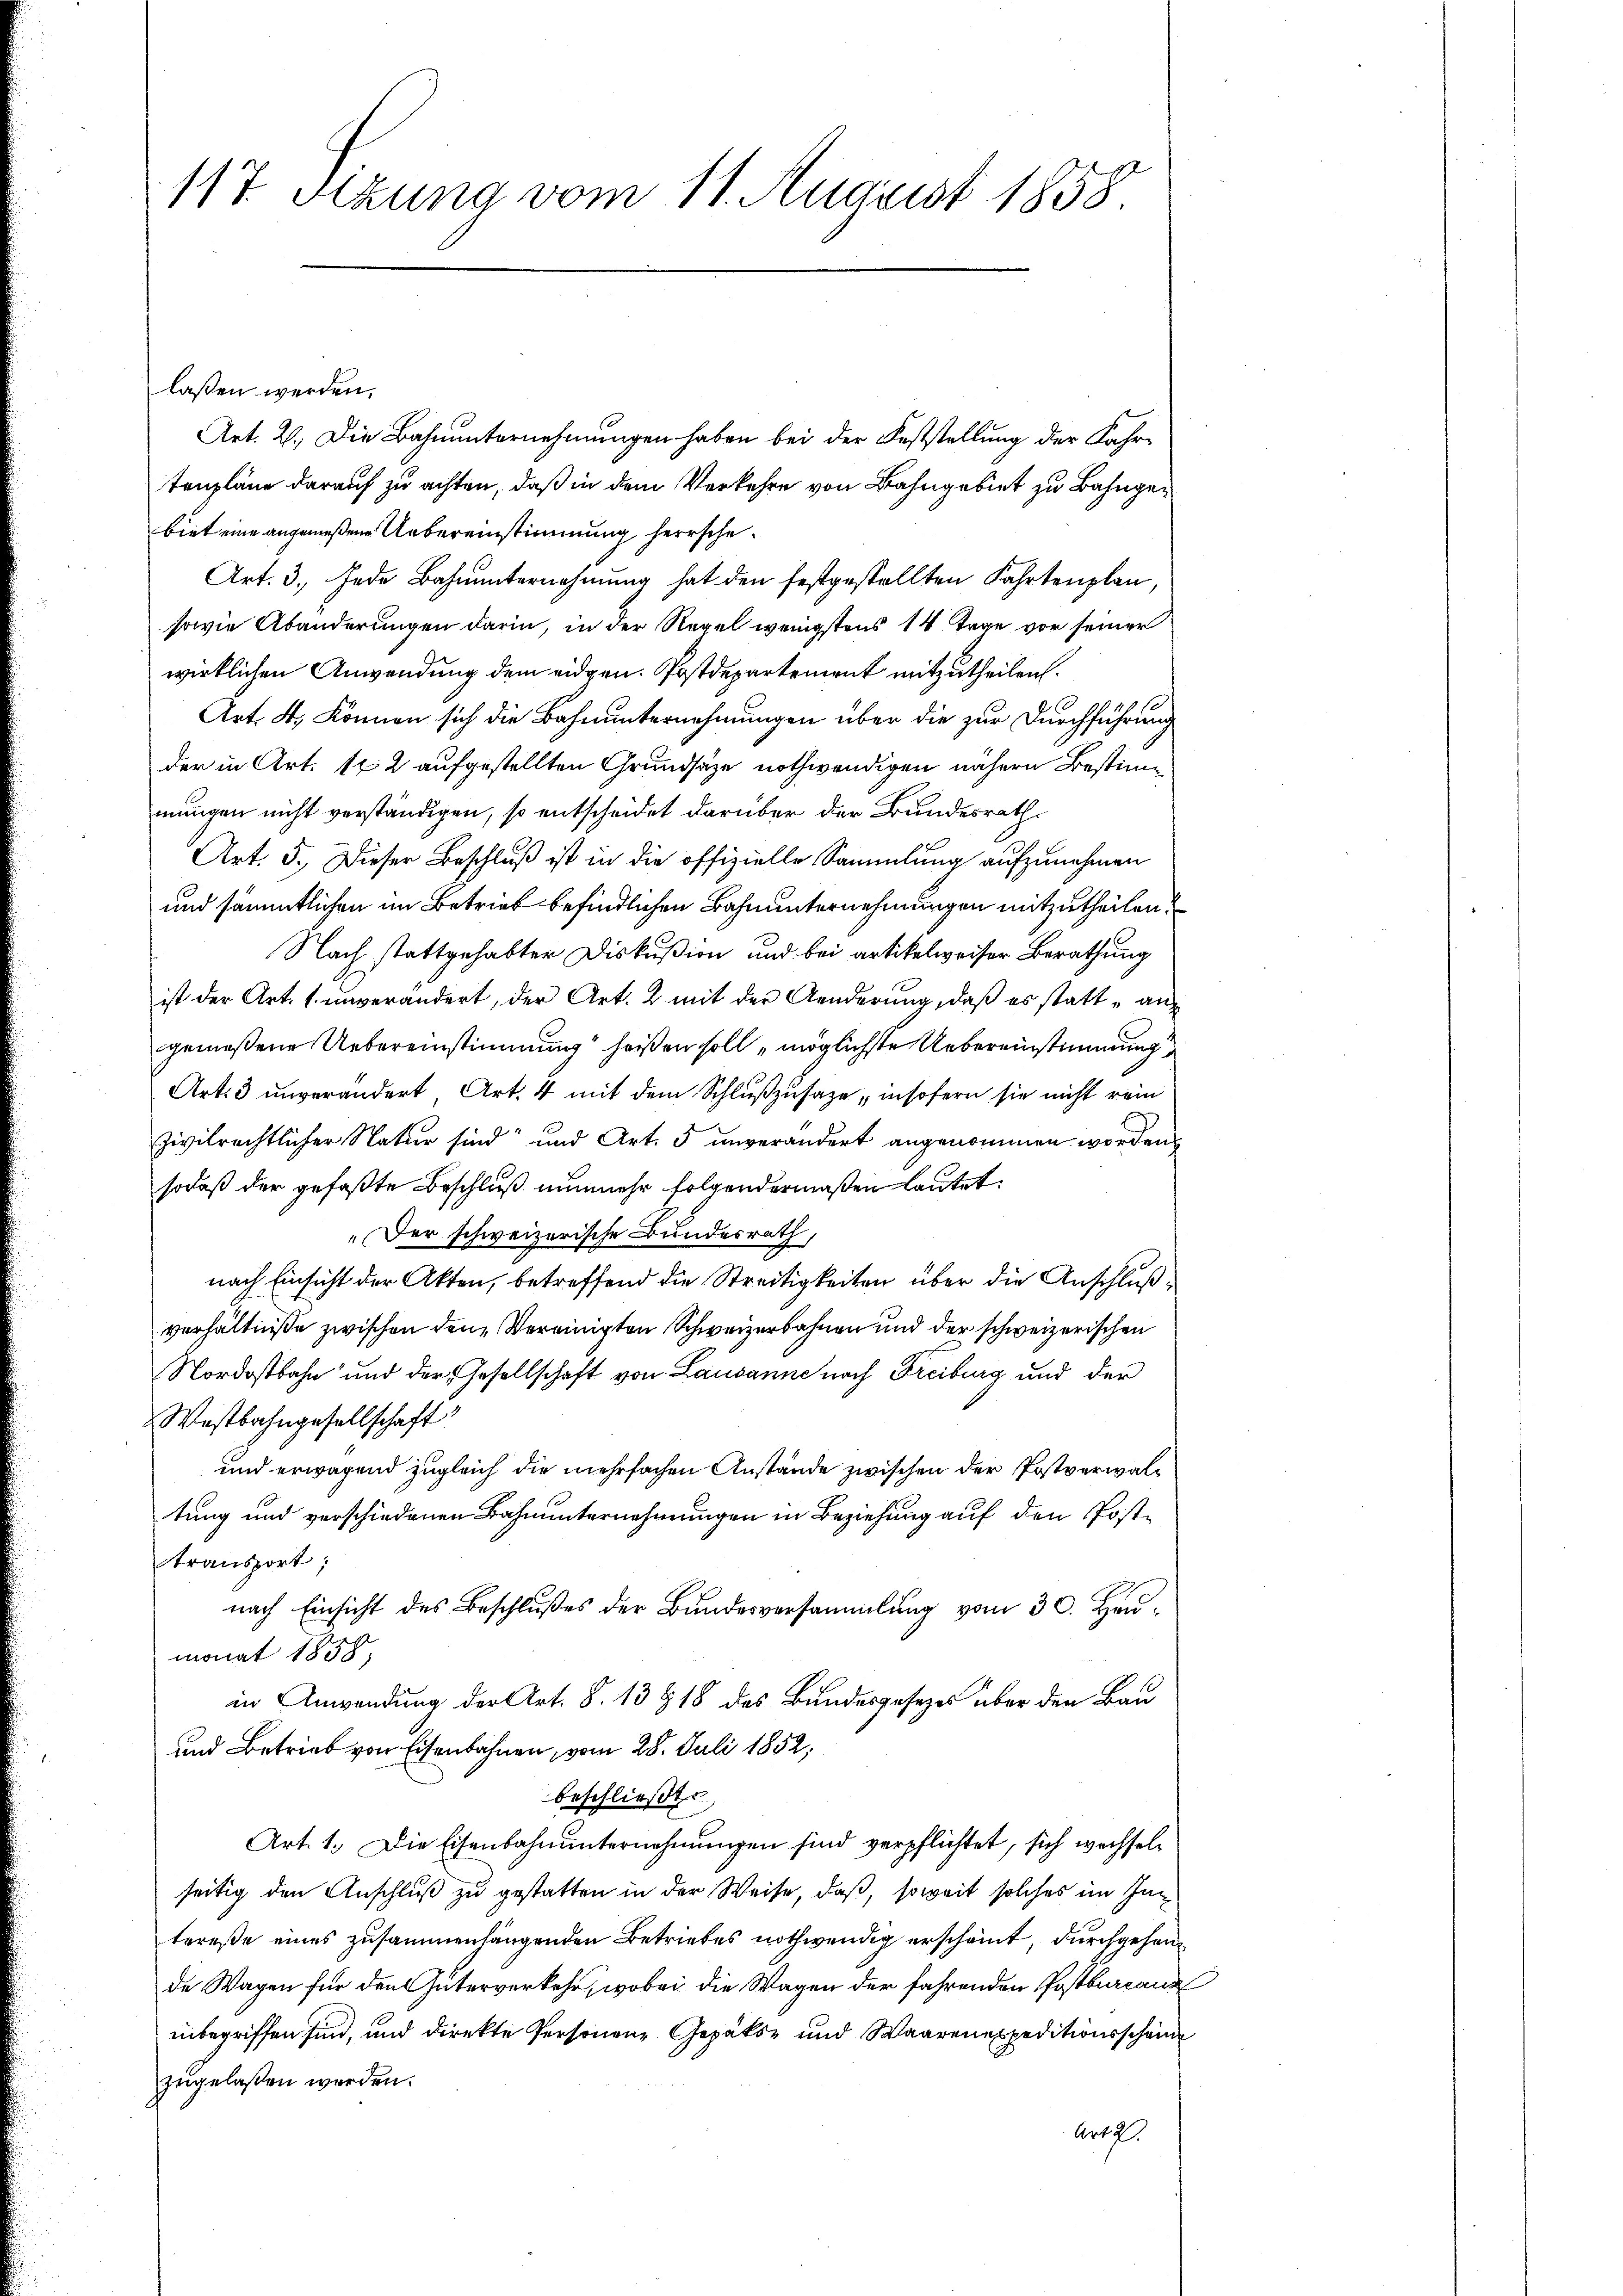
117. Sekung vom 11. August 1858.

laßen werden.
Art. 2. Die Bahnunternehmungen haben bei der Feststellung der Fahrtenpläne darauf zu achten, daß in dem Verkehre von Bahngebiet zu Bahngebiet eine angemeßene Uebereinstimmung herrsche¬
Art. 3. Jede Bahnunternehmung hat den festgestellten Fahrtenplan,
sowie Abänderungen darin, in der Regel wenigstens 14 Tage vor seiner
wirklichen Anwendung dem eidgen. Postdepartement mitzutheilen.
Art. 4., Können sich die Bahnunternehmungen über die zur Durchführung
der in Art. 112 aufgestellten Grundsätze nothwendigen nähern Bestimmungen nicht verständigen, so entscheidet darüber der Bundesrath
Art. 5. Dieser Beschluß ist in die offizielle Sammlung aufzunehmen
und sämmtlichen im Betrieb befindlichen Bahnunternehmungen mitzutheilen.
Nach stattgehabter Diskußion und bei artikelweiser Berathung
ist der Art. 1. unverändert, der Art. 2 mit der Aenderŭng, daβ es statt an-
gemeßene Uebereinstimmung heißen soll möglichste Uebereinstimmung
Art. 3 unverändert Art. 4 mit dem Schlußzusage, insofern sie nicht rein
zivilrechtlicher Natur sind und Art. 5 unverändert angenommen worden,
sodaß der gefaßte Beschluß nunmehr folgendermaßen lautet.
„Der schweizerische Bundesrath,
nach Einsicht der Akten, betreffend die Streitigkeiten über die Anschlußverhältniße zwischen den Vereinigten Schweizerbahnen und der schweizerischen
Nordostbahn und der Gesellschaft von Lausanne nach Freiburg und der
Westbahngesellschaft
und erwagend zugleich die mehrfachen Anstände zwischen der Postverwaltung und verschiedenen Bahnunternehmungen in Beziehung auf den Posttransport;
nach Einsicht des Beschlußes der Bundesversammlung vom 30. Heumonat 1838,
in Anwendung der Art. 8. 13 § 18 des Bundesgesetzes über den Bau
und Betrieb von Eisenbahnen, vom 28. Juli 1852,
beschließt
Art. 1. Die Eisenbahnunternehmungen sind verpflichtet, sich wechselseitig den Anschluß zu gestatten in der Weise, daß, soweit solches im Intereße eines zusammenhängenden Betriebes nothwendig erscheint, durchgehende Wagen für den Güterverkehr, wobei die Wagen der fahrenden Postbureaus
inbegriffen sind, und direkte Personen Gepäks- und Waaren expeditionsschein
zugelaßen werden.
Art.